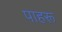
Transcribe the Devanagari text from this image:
पाहरू